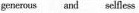
generous and selflcs